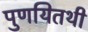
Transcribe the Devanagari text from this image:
पुणयितथी